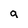
Character: a